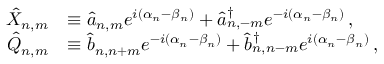
\begin{array} { r l } { \hat { X } _ { n , m } } & { \equiv \hat { a } _ { n , m } e ^ { i ( \alpha _ { n } - \beta _ { n } ) } + \hat { a } _ { n , - m } ^ { \dagger } e ^ { - i ( \alpha _ { n } - \beta _ { n } ) } \, , } \\ { \hat { Q } _ { n , m } } & { \equiv \hat { b } _ { n , n + m } e ^ { - i ( \alpha _ { n } - \beta _ { n } ) } + \hat { b } _ { n , n - m } ^ { \dagger } e ^ { i ( \alpha _ { n } - \beta _ { n } ) } \, , } \end{array}